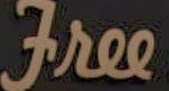
Free